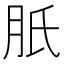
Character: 𦙆